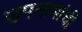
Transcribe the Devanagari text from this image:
उपनामांची